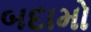
બદામો